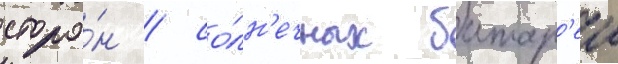
сторо́н / со́лн'ечных батар'еи